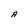
Character: A